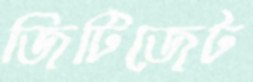
জিটিজেট